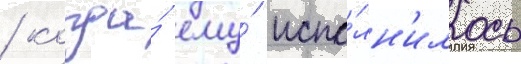
/ когда́ ему́ испо́лн'илось